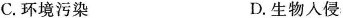
C. 环境污染 D. 生物入侵